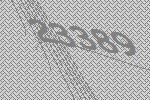
23389